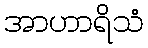
အာဟာရိသံ